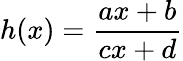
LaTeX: h(x)={\frac{ax+b}{cx+d}}